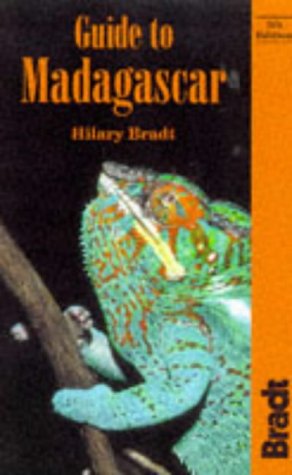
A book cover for Guide to Madagascar (Bradt Travel Guides); Hilary Bradt; Travel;